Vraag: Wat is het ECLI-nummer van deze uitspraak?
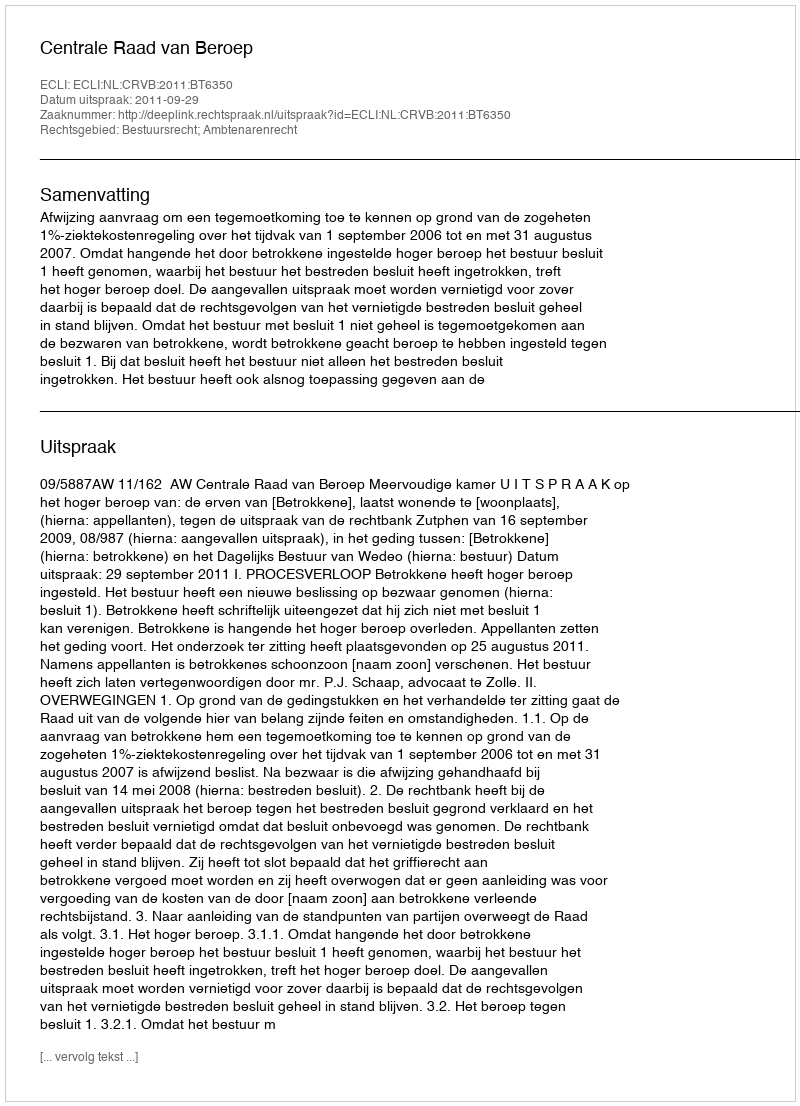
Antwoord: ECLI:NL:CRVB:2011:BT6350